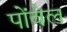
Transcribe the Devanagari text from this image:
पोंवेल